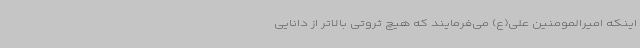
اینکه امیرالمومنین علی(ع) می‌فرمایند که هیچ ثروتی بالاتر از دانایی